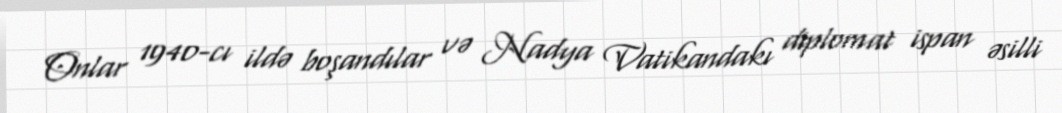
Onlar 1940-cı ildə boşandılar və Nadya Vatikandakı diplomat ispan əsilli